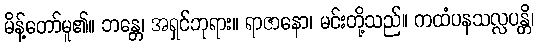
မိန့်တော်မူ၏။ ဘန္တေ၊ အရှင်ဘုရား။ ရာဇာနော၊ မင်းတို့သည်။ ကထံပနသလ္လပန္တိ၊